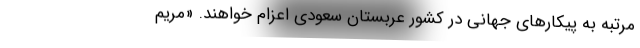
مرتبه به پیکارهای جهانی در کشور عربستان سعودی اعزام خواهند. «مریم